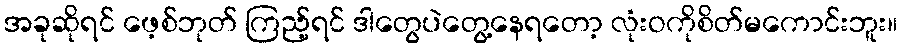
အခုဆိုရင် ဖေ့စ်ဘုတ် ကြည့်ရင် ဒါတွေပဲတွေ့နေရတော့ လုံးဝကိုစိတ်မကောင်းဘူး။